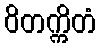
ဝိတက္ကိတံ